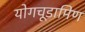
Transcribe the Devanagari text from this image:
योगचूडामिण